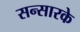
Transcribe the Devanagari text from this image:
सन्सारके